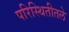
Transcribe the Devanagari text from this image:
परिस्थितीतले